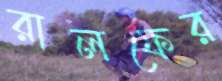
রালফের